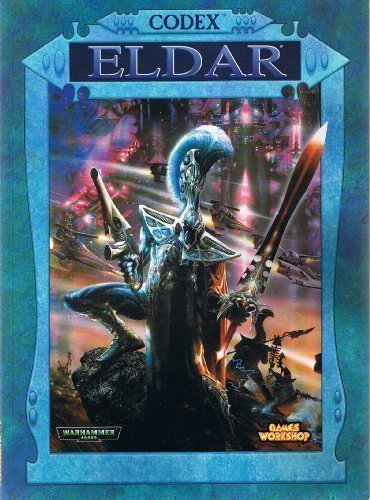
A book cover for Codex: Eldar (Warhammer 40,000); Gavin Thorpe; Science Fiction & Fantasy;